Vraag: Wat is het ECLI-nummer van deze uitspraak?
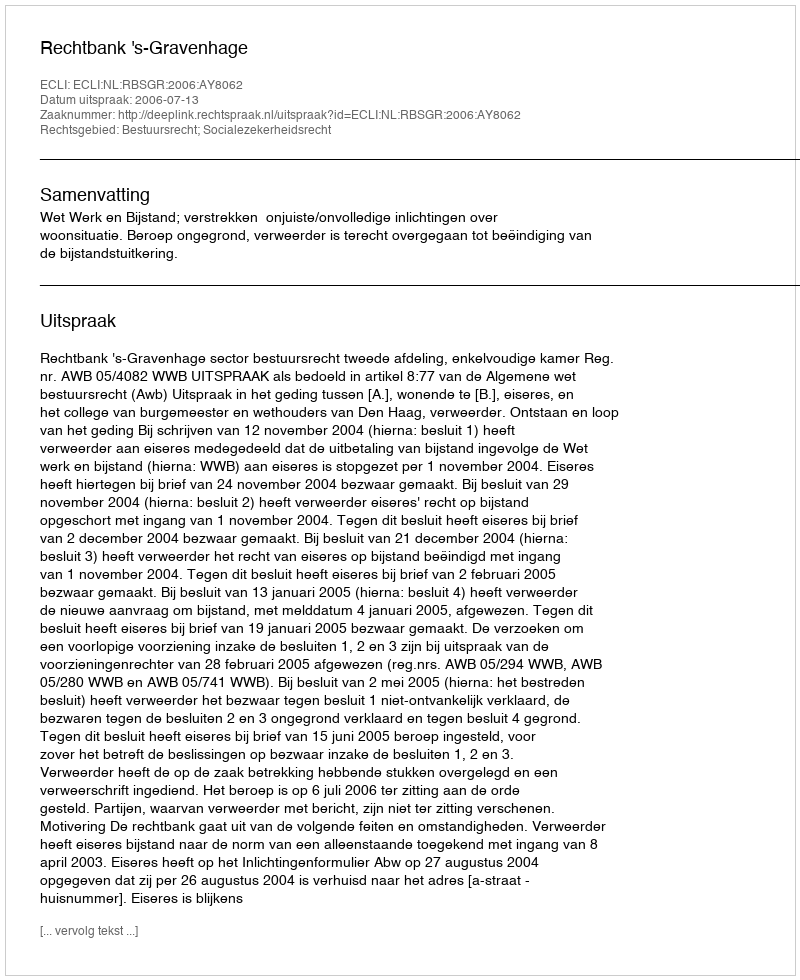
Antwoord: ECLI:NL:RBSGR:2006:AY8062